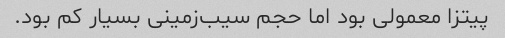
پیتزا معمولی بود اما حجم سیب‌زمینی بسیار کم بود.